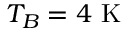
T _ { B } = 4 ~ \mathrm { K }